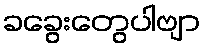
ခခွေးတွေပါဗျာ